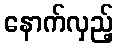
နောက်လှည့်